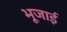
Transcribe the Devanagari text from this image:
भूजाई